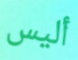
أليس